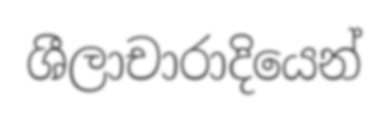
ශීලාචාරාදියෙන්